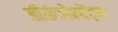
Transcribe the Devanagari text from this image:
डीकंजेस्टेंट्स